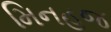
મિનહજ